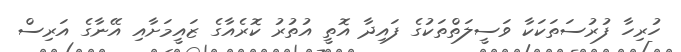
ހުރިހާ ފުރުސަތަކަކާ ވަސީލަތްތަކުގެ ފައިދާ އޮތީ އުތުރު ކޮރެއާގެ ޒައީމަށާއި އޭނާގެ އަރިސް